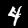
Label: 4